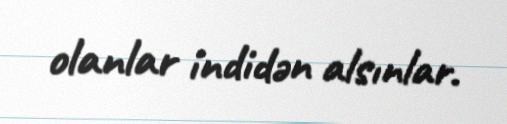
olanlar indidən alsınlar.